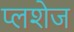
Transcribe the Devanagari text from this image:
प्लशेज